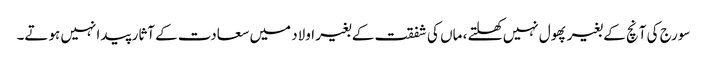
سورج کی آنچ کے بغیر پھول نہیں کھلتے ، ماں کی شفقت کے بغیر اولاد میں سعادت کے آثار پیدا نہیں ہوتے۔